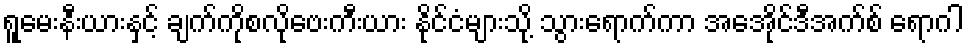
ရူမေးနီးယားနှင့် ချက်ကိုစလိုဗေးကီးယား နိုင်ငံများသို့ သွားရောက်ကာ အေအိုင်ဒီအက်စ် ရောဂါ